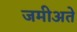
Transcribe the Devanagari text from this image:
जमीअते